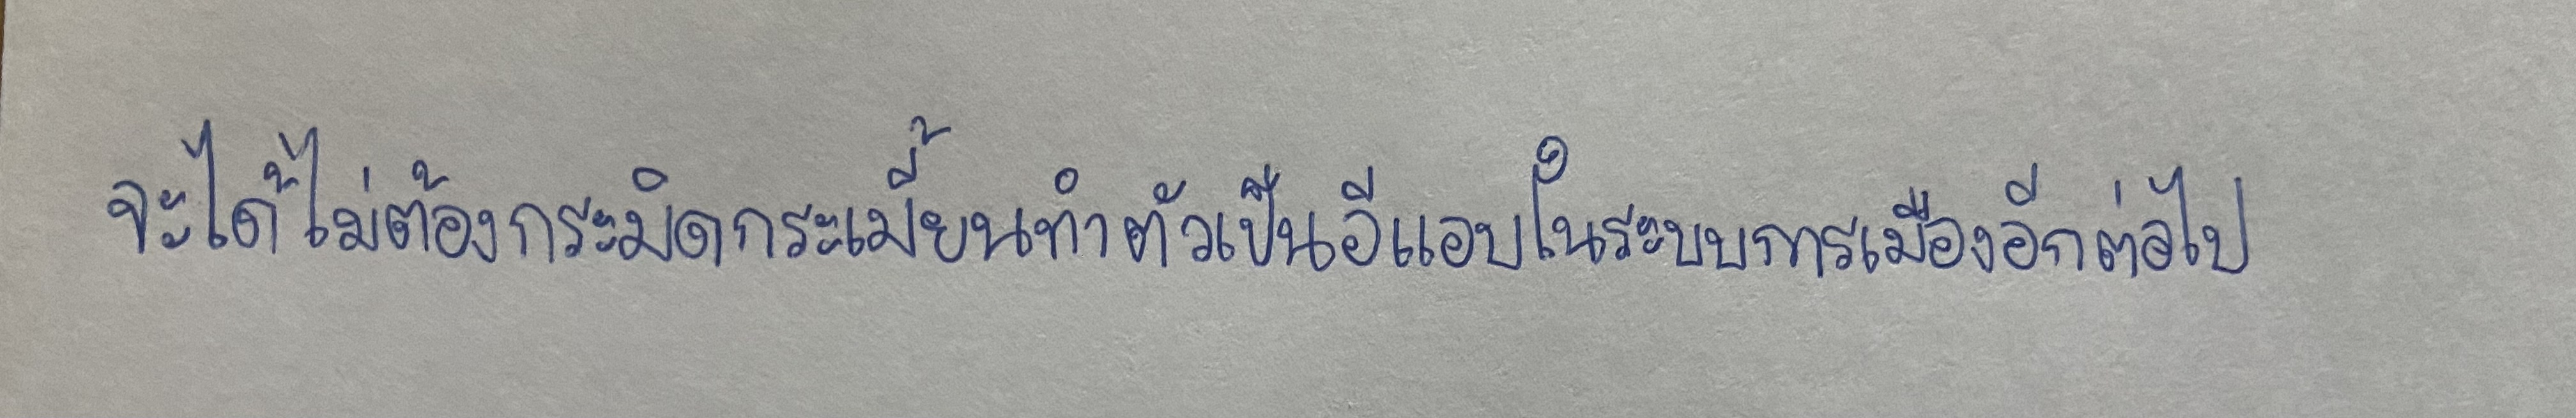
จะได้ไม่ต้องกระมิดกระเมี้ยนทำตัวเป็นอีแอบในระบบการเมืองอีกต่อไป